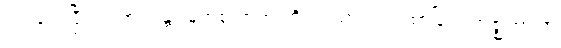
ကပ်လေပြီး၍။ ဘဂဝန္တံ၊ မြတ်စွာဘုရားကို။ ဂါထာယ၊ ဂါထာဖြင့်။ အဇ္ဈဘာသိ၊